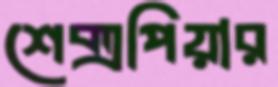
শেক্সপিয়ার